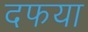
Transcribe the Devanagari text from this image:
दफया